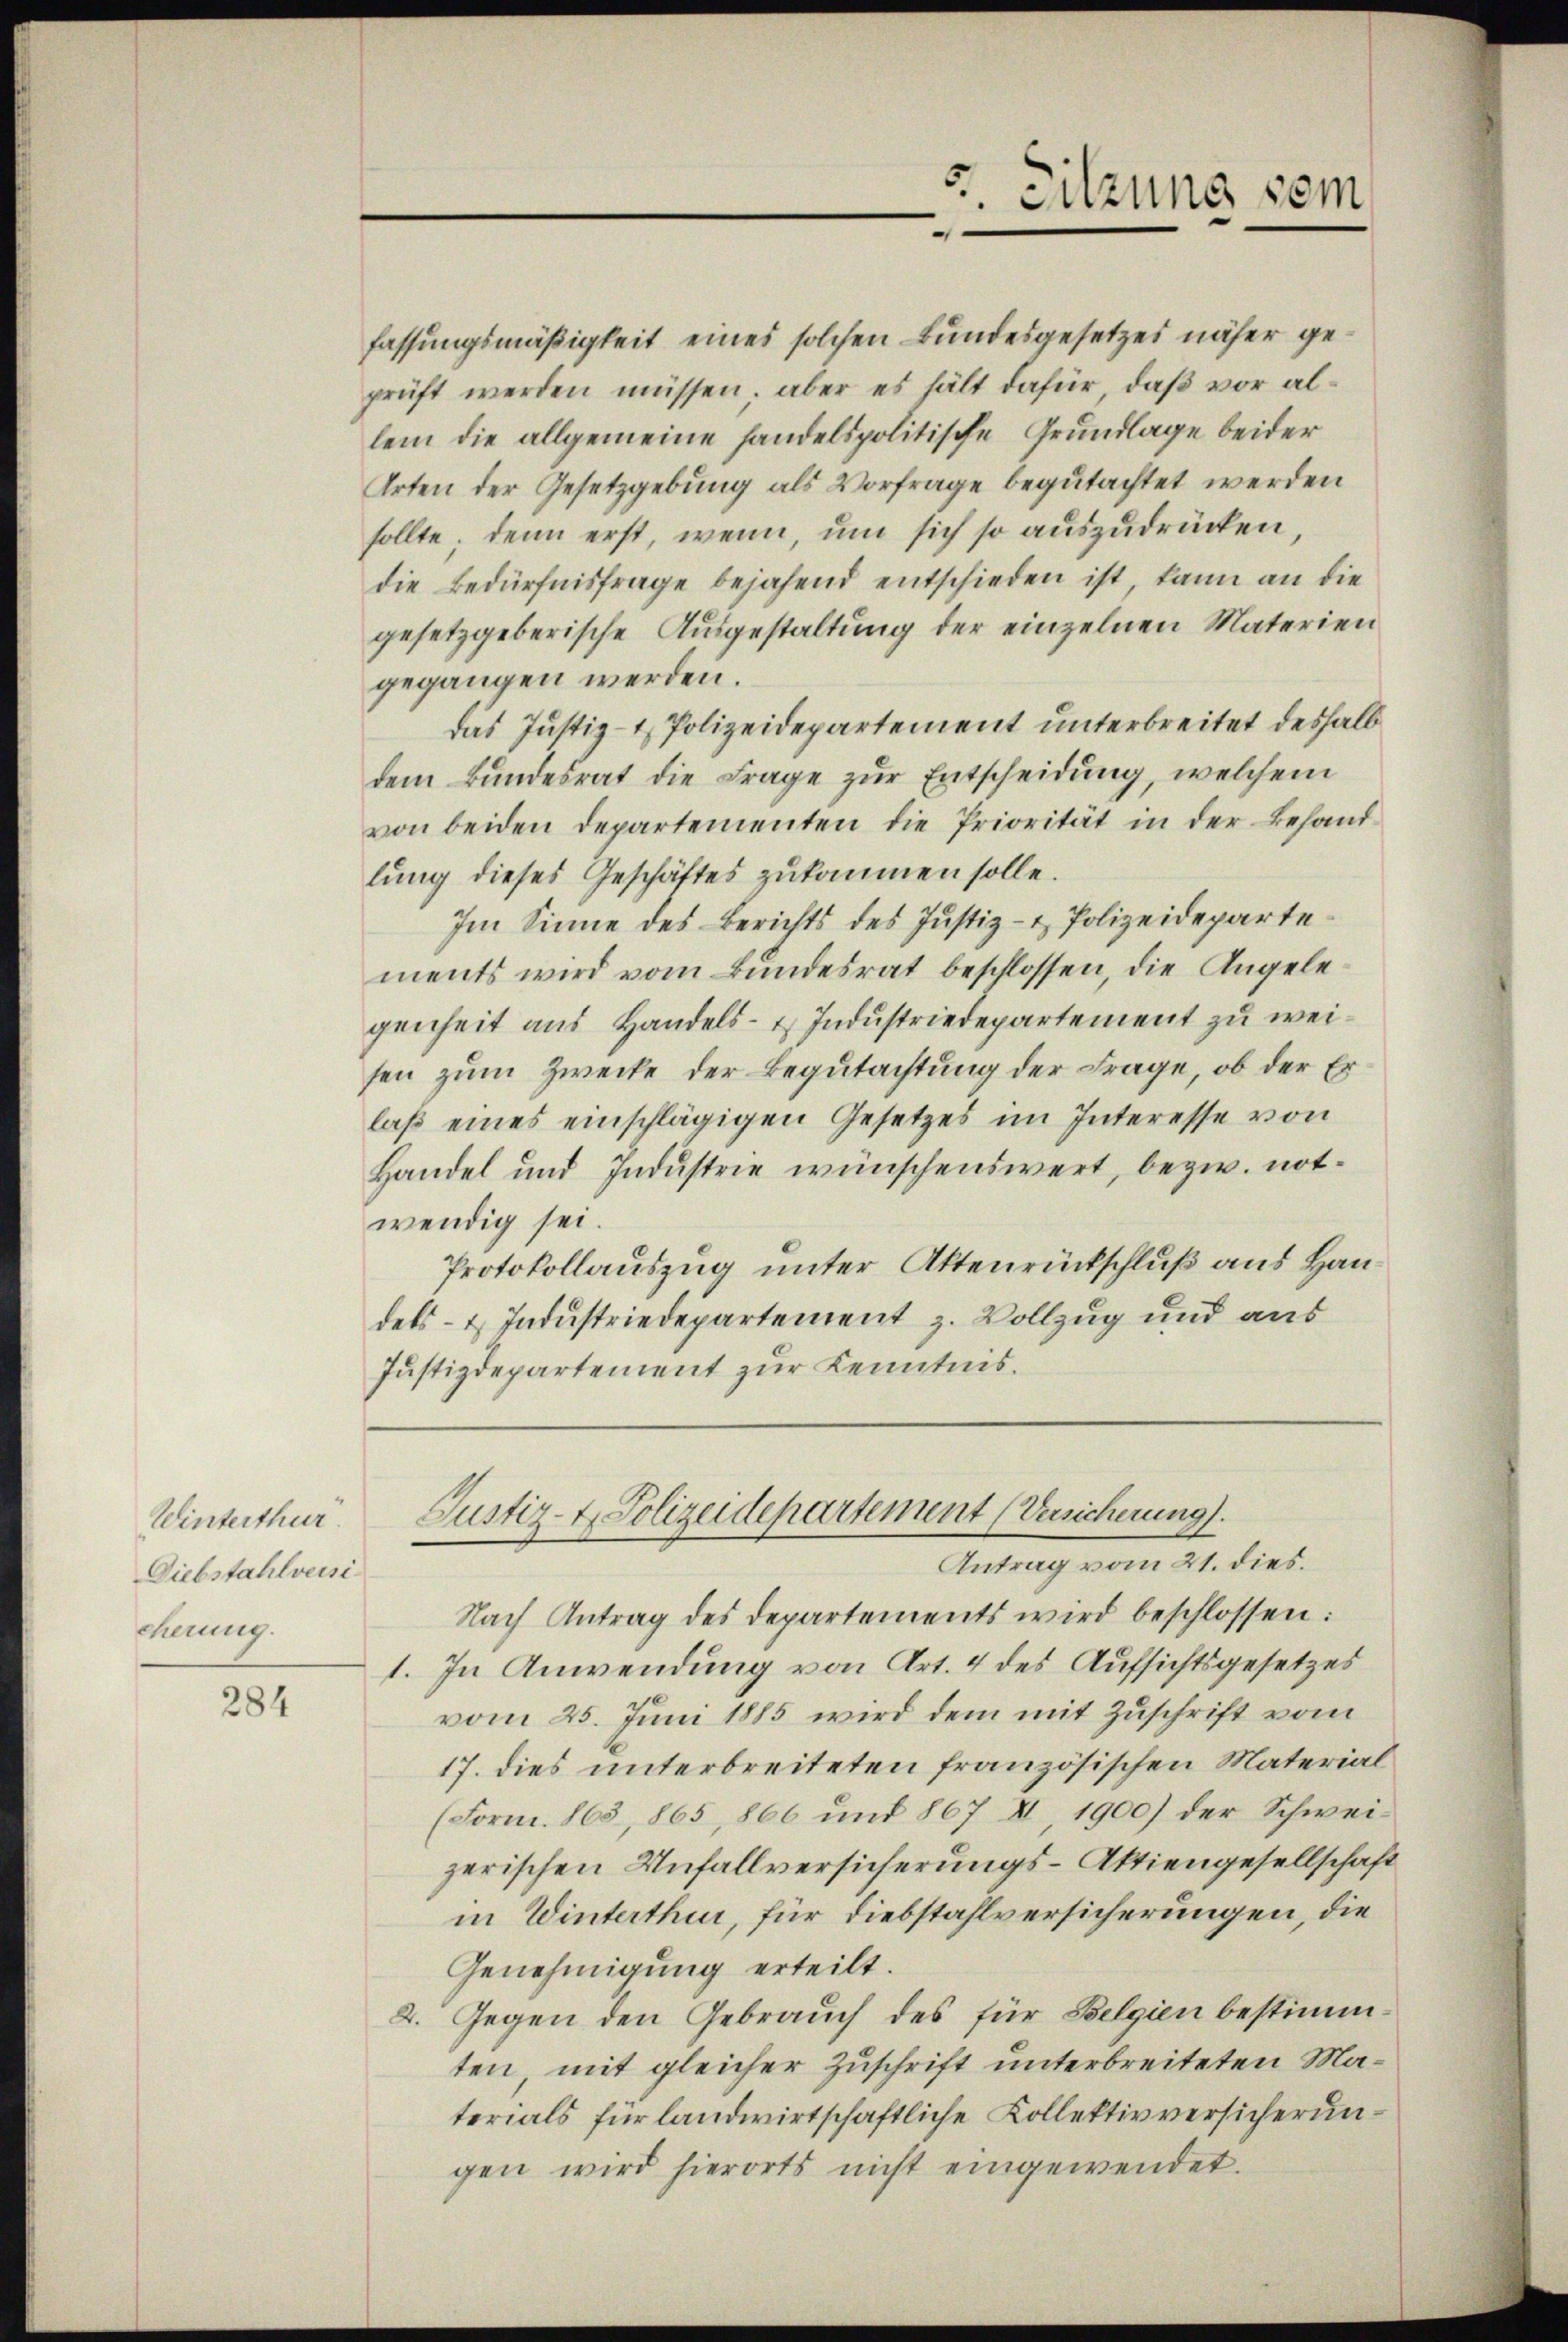
Winterthur.
Diebstahlversi
scherung.

284

Sitzung som

fassungsmäßigkeit eines solchen Bundesgesetzes näher geprüft werden müssen, aber es hält dafür, daß vor allem die allgemeine handelspolitische Grundlage beider
Arten der Gesetzgebung als Vorfrage begutachtet werden
sollte. Denn erst, wenn, um sich so auszudrücken,
die Bedürfnisfrage bejahend entschieden ist, kann an die
gesetzgeberische Ausgestaltung der einzelnen Materien
gegangen werden.
das Justiz- & Polizeidepartement unterbreitet deshalb
dem Bundesrat die Frage zur Entscheidung, welchem
von beiden Departementen die Priorität in der Behandlung dieses Geschäftes zukommen solle.
Im Sinne des Berichts des Justiz- & Polizeidepartements wird vom Bundesrat beschlossen, die Angelegenheit aus Handels- u. Industriedepartement zu weisen zum Zwecke der Begutachtung der Frage, ob der Erlaβ eines einschlägigen Gesetzes im Interesse von
Handel und Industrie wünschenswert, bezw. notwendig sei.
Protokollauszug unter Aktenrückschluß aus Han
dels- & Industriedepartement z. Vollzug und aus
Justizdepartement zur Kenntnis.
Justiz-V. Polizeidepartement (Versicherung).
Antrag vom 21. dies.
Nach Antrag des Departements wird beschlossen:
1. In Anwendung von Art. 4 des Aufsichtsgesetzes
vom 25. Juni 1885 wird dem mit Zuschrift vom
17. dies unterbreiteten französischen Material
(Form. 1863, 865, 866 und 867 II, 1900) der Schweizerischen Unfallversicherungs-Aktiengesellschaft
in Winterthur, für Diebstahlversicherungen, die
Genehmigung erteilt.
2. Gegen den Gebrauch des für Belgien bestimmten, mit gleicher Zuschrift unterbreiteten Materials für landwirtschaftliche Kollektiv versicherungen wird hierorts nicht eingewendet.